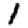
Digit: 1